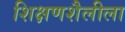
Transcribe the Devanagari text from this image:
शिक्षणशैलीला